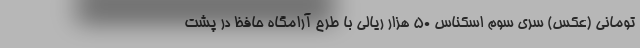
تومانی (عکس) سری سوم اسکناس 50 هزار ریالی با طرح آرامگاه حافظ در پشت